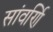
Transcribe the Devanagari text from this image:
सांवर्णि